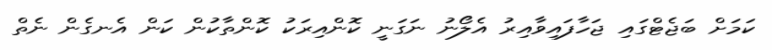
ކަމަށް ބަޖެޓްގައި ޖަހާފައިވާއިރު އެލޯނު ނަގަނީ ކޮންއިރަކު ކޮންތާކުން ކަން އެނގެން ނެތް